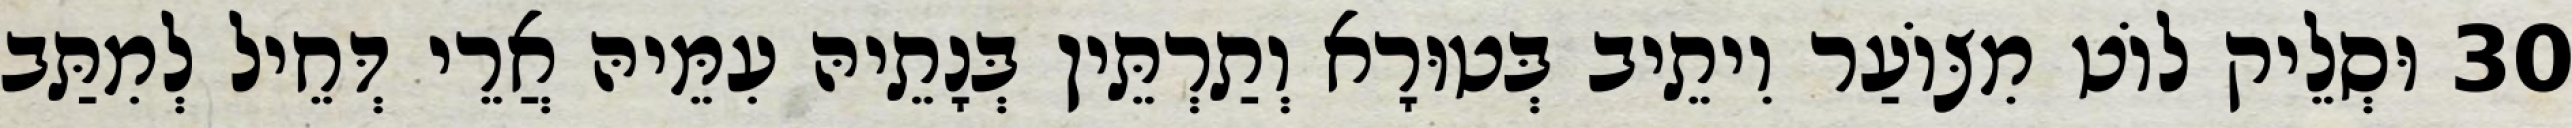
30 וּסְלֵיק לוֹט מִצּוֹעַר וִיתֵיב בְּטוּרָא וְתַרְתֵּין בְּנָתֵיהּ עִמֵּיהּ אֲרֵי דְּחֵיל לְמִתַּב